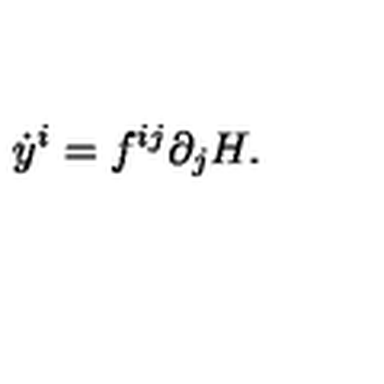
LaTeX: { \dot { y } } ^ { i } = f ^ { i j } \partial _ { j } H .